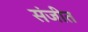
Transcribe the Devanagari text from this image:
संजीत